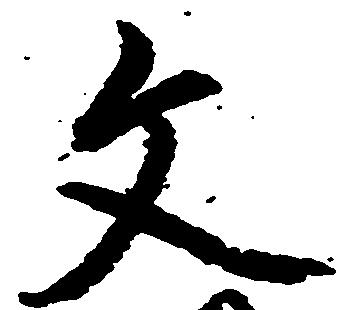
文